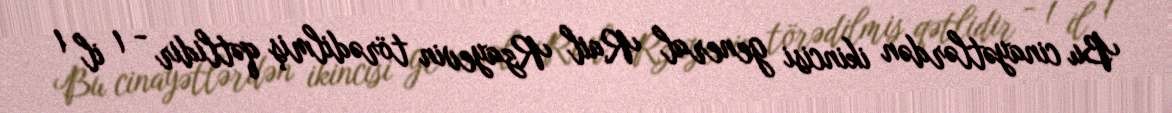
Bu cinayətlərdən ikincisi general Rail Rzayevin törədilmiş qətlidir - 1 il 1